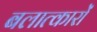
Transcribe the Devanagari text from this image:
बलात्कारों